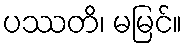
ပဿတိ၊ မမြင်။